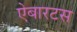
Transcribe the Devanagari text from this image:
ऐबारटस